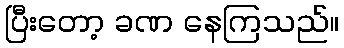
ပြီးတော့ ခဏ နေကြသည်။